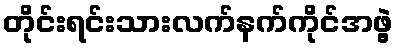
တိုင်းရင်းသားလက်နက်ကိုင်အဖွဲ့